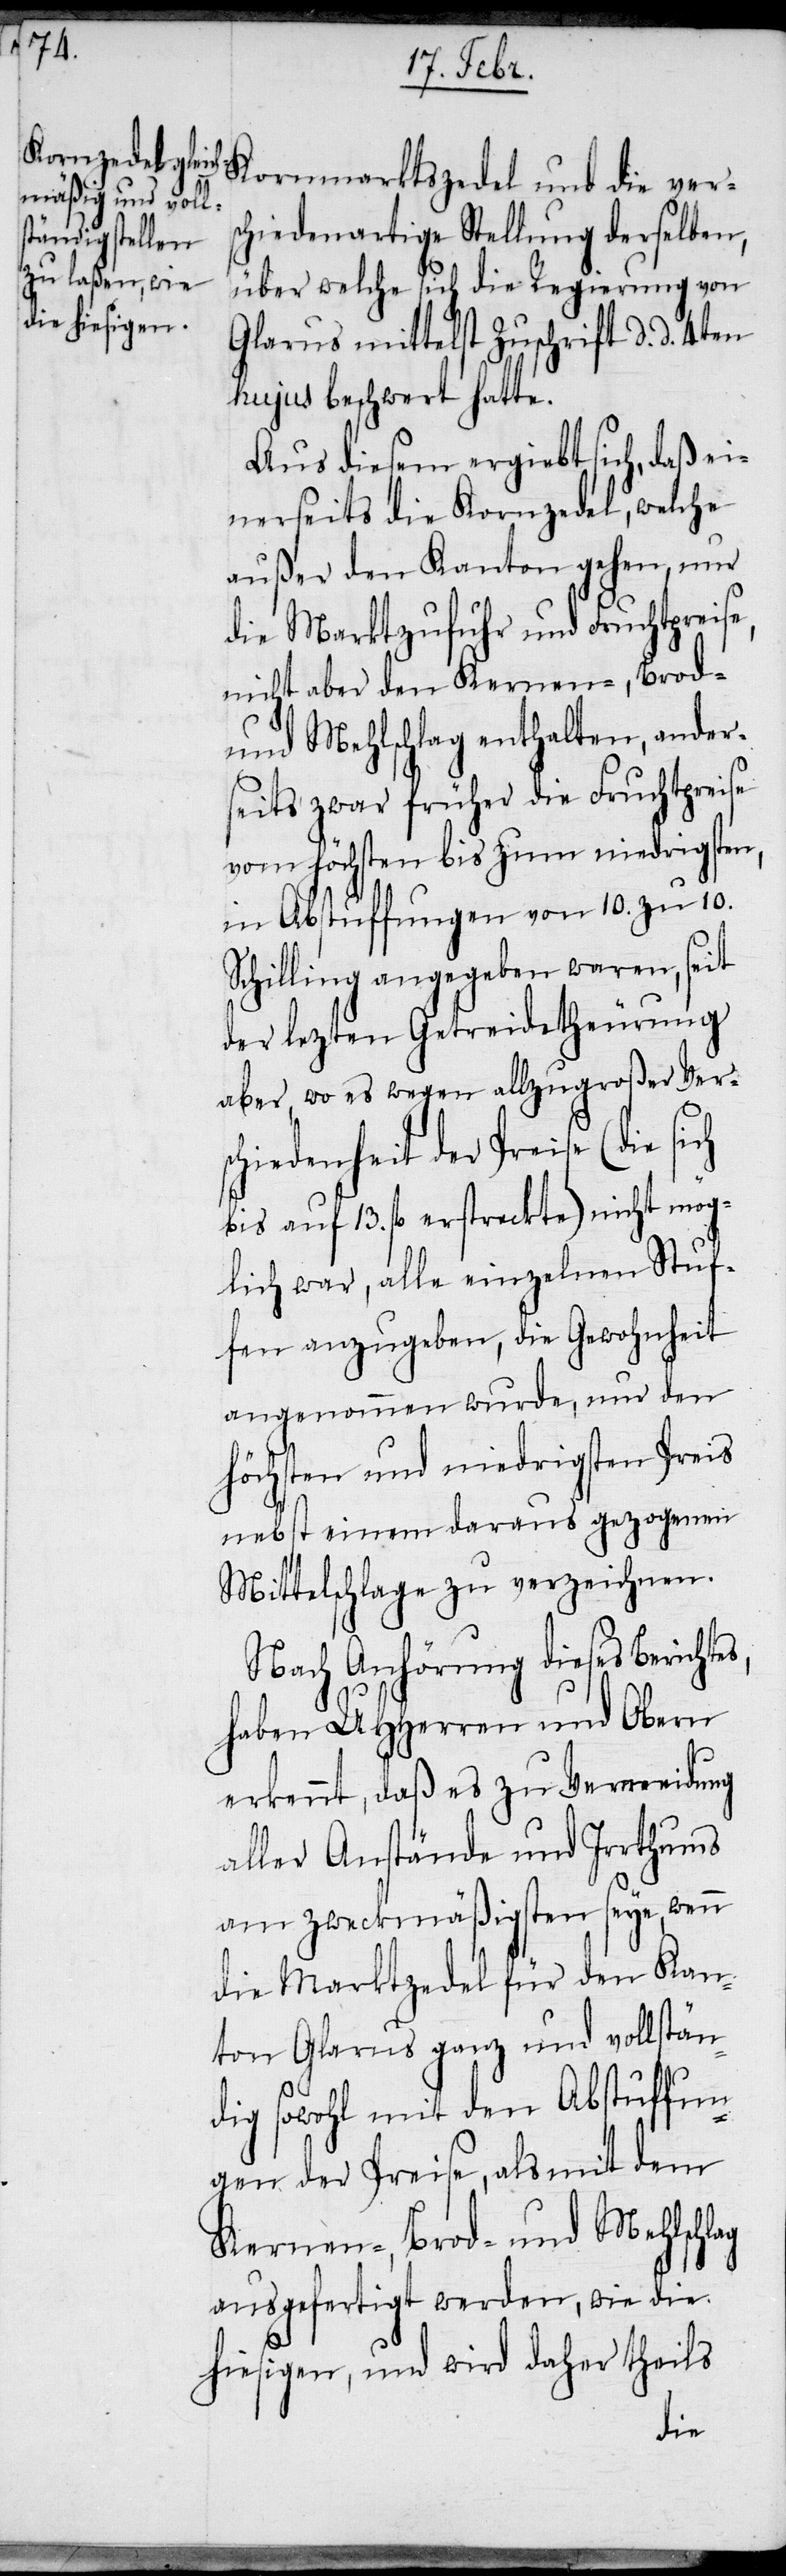
s,

Kornmarktszedel und die vers¬
chiedenartige Stellung derselben,
über welche sich die Regierung von
Glarus mittelst Zuschrift d. d. 4ten
hujus beschwert hatte.
Aus diesem ergiebt sich, daß ei¬
nerseits die Kornzedel, welche
außer den Kanton gehen, nur
die Marktzufuhr und Fruchtpreise,
nicht aber den Kernen-, Brod-
und Mehlschlag enthalten, ander¬
seits zwar früher die Fruchtpreise
vom höchsten bis zum niedrigsten,
in Abstuffungen von 10. zu 10.
Schilling angegeben waren, seit
der letzten Getreidetheurung
aber, wo es wegen allzugroßer Vers¬
chiedenheit der Preise (die
bis auf 13. fl erstreckte) nicht mög¬
lich war, alle einzelnen Stu¬
fen anzugeben, die Gewohnheit
angenommen wurde, nur den
höchsten und niedrigsten Preis
nebst einem daraus gezogenen
Mittelschlage zu verzeichnen.
Nach Anhörung dieses Berichte¬
haben UHHerren und Obern
erkennt, daß es zu Vermeidung
aller Anstände und Irrthums
am zweckmäßigsten seye, wenn
die Marktzedel für den Kan¬
ton Glarus ganz und vollstän¬
dig sowohl mit den Abstuffun¬
gen der Preise, als mit dem
Kernen-, Brod- und Mehlschlag
ausgefertigt werden, wie die
hiesigen, und wird daher theils